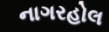
નાગરહોલ